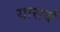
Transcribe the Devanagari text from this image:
यासर्व